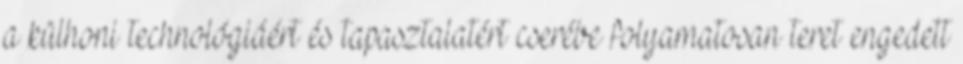
a külhoni technológiáért és tapasztalatért cserébe folyamatosan teret engedett